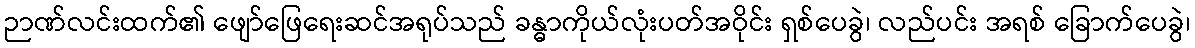
ဉာဏ်လင်းထက်၏ ဖျော်ဖြေရေးဆင်အရုပ်သည် ခန္ဓာကိုယ်လုံးပတ်အဝိုင်း ရှစ်ပေခွဲ၊ လည်ပင်း အရစ် ခြောက်ပေခွဲ၊